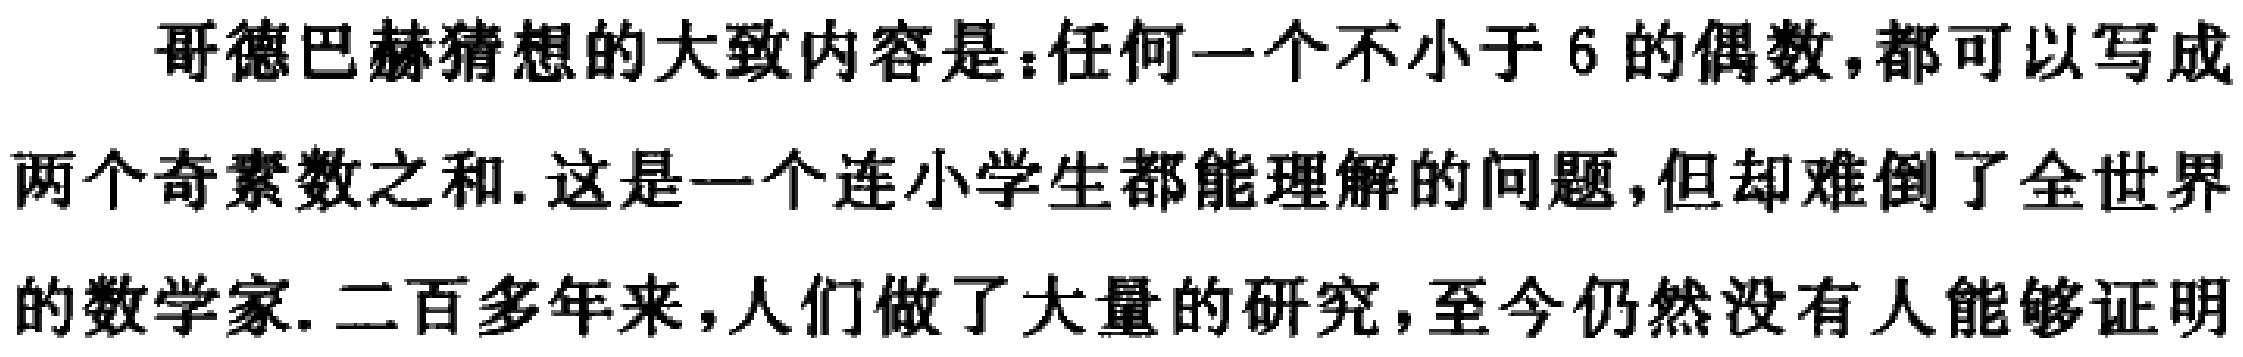
哥德巴赫猜想的大致内容是：任何一个不小于 6 的偶数，都可以写成两个奇素数之和. 这是一个连小学生都能理解的问题，但却难倒了全世界的数学家. 二百多年来，人们做了大量的研究，至今仍然没有人能够证明